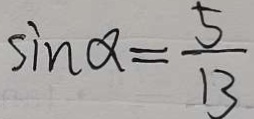
\sin \alpha = \frac { 5 } { 1 3 }